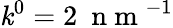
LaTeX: \mathit{k}^{0}=2~\mathrm{{~n~m~}}^{-1}